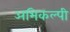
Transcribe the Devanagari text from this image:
अभिकल्पी